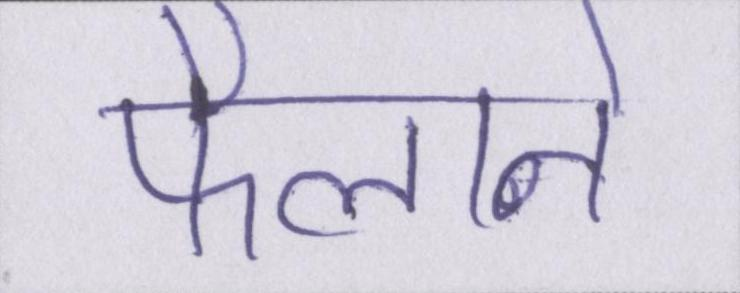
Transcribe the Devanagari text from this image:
फैलाने